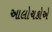
આલોચકોએ